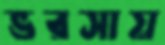
ভরসায়